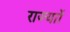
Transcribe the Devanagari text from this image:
राज्याों